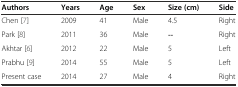
<table><thead><tr><td><b>Authors</b></td><td><b>Years</b></td><td><b>Age</b></td><td><b>Sex</b></td><td><b>Size (cm)</b></td><td><b>Side</b></td></tr></thead><tbody><tr><td>Chen [7]</td><td>2009</td><td>41</td><td>Male</td><td>4.5</td><td>Right</td></tr><tr><td>Park [8]</td><td>2011</td><td>36</td><td>Male</td><td>--</td><td>Right</td></tr><tr><td>Akhtar [6]</td><td>2012</td><td>22</td><td>Male</td><td>5</td><td>Left</td></tr><tr><td>Prabhu [9]</td><td>2014</td><td>55</td><td>Male</td><td>5</td><td>Left</td></tr><tr><td>Present case</td><td>2014</td><td>27</td><td>Male</td><td>4</td><td>Right</td></tr></tbody></table>